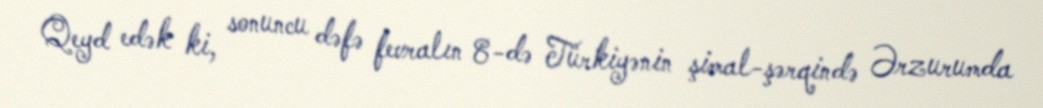
Qeyd edək ki, sonuncu dəfə fevralın 8-də Türkiyənin şimal-şərqində Ərzurumda